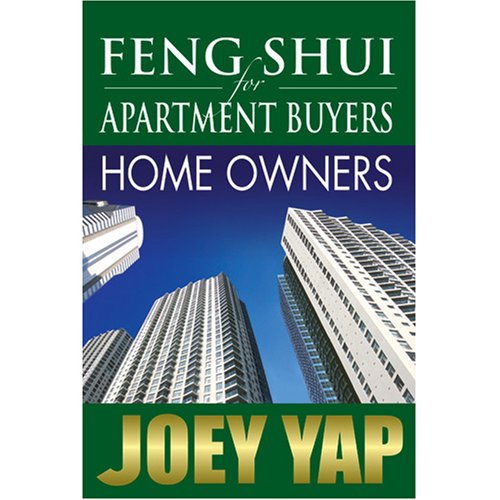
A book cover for Feng Shui for Apartments Buyers -Home Owners; Joey Yap; Religion & Spirituality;